Annual report on the working of the mental hospitals in the Madras Presidency - 1912-1932
Year: 1912
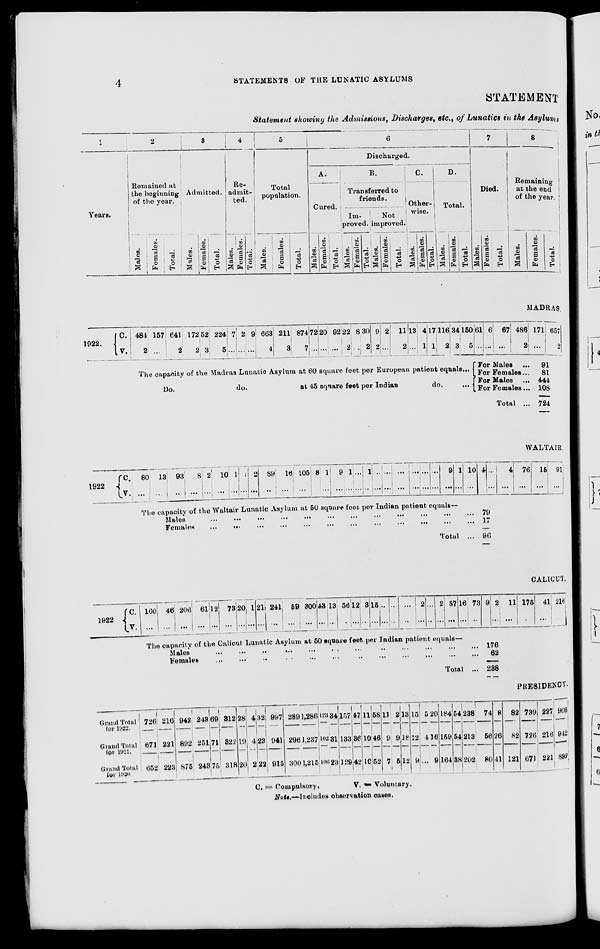
4
STATEMENTS OF THE LUNATIC ASYLUMS
STATEMENT
Statement showing the Admissions, Discharges, etc., of Lunatics in the Asylums
1
Years.
2
Remained at
the beginning
of the year.
Males.
Females.
Total.
3
Admitted.
Males.
Females.
Total.
4
Re-
admit-
ted.
Males.
Females.
Total.
5
Total
population.
Males.
Females.
Total.
6
Discharged.
A.
Cured.
Males.
Females.
Total.
B.
Transferred to
friends.
Im-
proved.
Males.
Females.
Total.
Not
improved.
Males.
Females.
Total.
C.
Other-
wise.
Males.
Females.
Total.
D.
Total.
Males.
Females.
Total.
7
Died.
Males.
Females.
Total.
8
Remaining
at the end
of the year.
Males.
Females.
Total.
MADRAS.
1922.
C.
V.
484
2
157
...
641
2
172
2
52
3
224
5
7
...
2
...
9
...
663
4
211
3
874
7
72
...
20
...
92
...
22
2
8
...
30
2
9
2
2
...
11
2
13
...
4
1
17
1
116
2
34
3
150
5
The capacity of the Madras Lunatic Asylum at 60 square feet per European patient equals ...
Do.
do.
at 45 square feet per Indian
do.
...
61
...
6
...
67
...
486
2
For Males ...
For Females ...
For Males ...
For Females ...
Total ...
171
...
657
2
91
81
444
108
724
WALTAIR.
1922
C.
V.
80
...
13
...
93
...
8
...
2
...
10
...
1
...
1
...
2
...
89
...
16
...
105
...
8
...
1
...
9
...
1
...
...
...
1
...
...
...
...
...
...
...
...
...
...
...
...
...
9
...
1
...
10
...
4
...
...
...
4
...
76
...
15
...
91
...
The capacity of the Waltair Lunatic Asylum at 50 square feet per Indian patient equals—
Males ... ... ... ... ... ... ... ... ... ... ... ...
Females ... ... ... ... ... ... ... ... ... ... ... ...
Total ...
79
17
96
CALICUT.
1922 C.
V.
160
...
46
...
206
...
61
...
12
...
73
...
20
...
1
...
21
...
241
...
59
...
300
...
43
...
13
...
56
...
12
...
3
...
15
...
...
...
...
...
...
...
2
...
...
...
2
...
57
...
16
...
73
...
9
...
2
...
11
...
175
...
41
...
216
...
The capacity of the Calicut Lunatic Asylum at 50 square feet per Indian patient equals—
Males ... ... ... ... ... ... ... ... ... ... ... ...
Females
...
...
...
...
...
...
...
...
...
...
...
...
Total ...
176
62
238
PRESIDENCY.
Grand Total
for 1922.
Grand Total
for 1921.
Grand Total
for 1920.
726
671
652
216
221
223
942
892
875
243
251
243
69
71
75
312
822
318
28
19
20
4
4
2
32
23
22
997
941
915
289
296
300
1,286
1,237
1,215
123
102
106
34
31
23
157
133
129
47
36
42
11
10
10
58
46
52
11
9
7
2
9
5
13
18
12
15
12
9
5
4
...
20
16
9
184
159
164
54
54
38
238
213
202
74
56
80
8
26
41
82
82
121
739
726
671
227
216
221
966
942
892
C. = Compulsory.
V.=
Voluntary.
Note.—Includes observation cases.